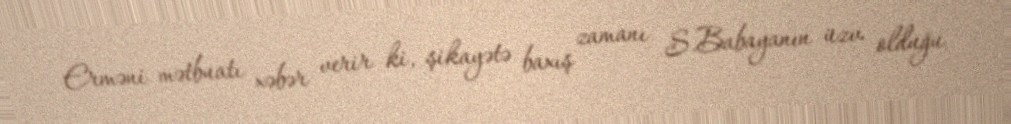
Erməni mətbuatı xəbər verir ki, şikayətə baxış zamanı S.Babayanın üzv olduğu